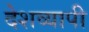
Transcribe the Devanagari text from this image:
देशव्‍यापी